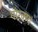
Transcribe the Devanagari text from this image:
गोरक्ष्यं